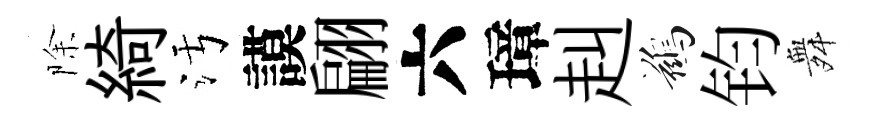
除綺污謨翩六璋赳鷀钧舞